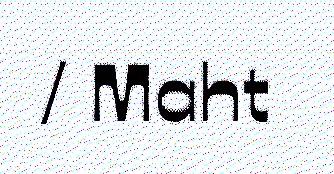
/ Maht